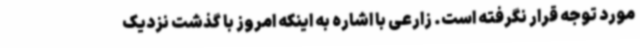
مورد توجه قرار نگرفته است. زارعی با اشاره به اینکه امروز با گذشت نزدیک